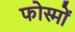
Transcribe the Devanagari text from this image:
फोस्मों